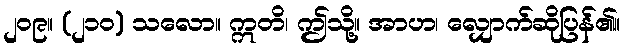
၂၀၉။ (၂၁၀) သလော။ ဣတိ၊ ဤသို့။ အာဟ၊ လျှောက်ဆိုပြန်၏။